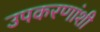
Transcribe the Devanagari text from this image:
उपकरणांशी